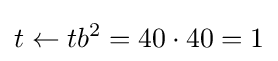
t\leftarrow tb^{2}=40\cdot 40=1